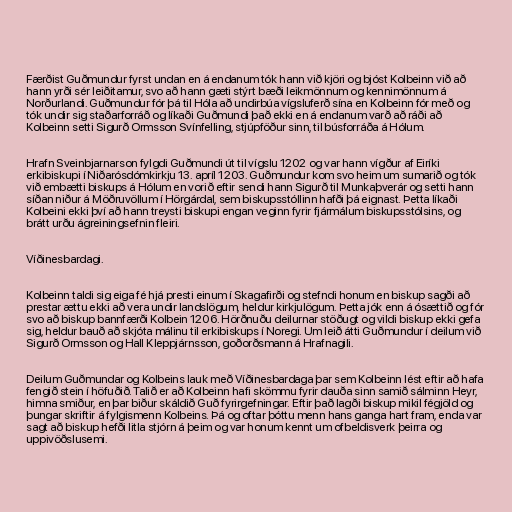
Færðist Guðmundur fyrst undan en á endanum tók hann við kjöri og bjóst Kolbeinn við að
hann yrði sér leiðitamur, svo að hann gæti stýrt bæði leikmönnum og kennimönnum á
Norðurlandi. Guðmundur fór þá til Hóla að undirbúa vígsluferð sína en Kolbeinn fór með og
tók undir sig staðarforráð og líkaði Guðmundi það ekki en á endanum varð að ráði að
Kolbeinn setti Sigurð Ormsson Svínfelling, stjúpföður sinn, til búsforráða á Hólum.

Hrafn Sveinbjarnarson fylgdi Guðmundi út til vígslu 1202 og var hann vígður af Eiríki
erkibiskupi í Niðarósdómkirkju 13. apríl 1203. Guðmundur kom svo heim um sumarið og tók
við embætti biskups á Hólum en vorið eftir sendi hann Sigurð til Munkaþverár og setti hann
síðan niður á Möðruvöllum í Hörgárdal, sem biskupsstóllinn hafði þá eignast. Þetta líkaði
Kolbeini ekki því að hann treysti biskupi engan veginn fyrir fjármálum biskupsstólsins, og
brátt urðu ágreiningsefnin fleiri.

Víðinesbardagi.

Kolbeinn taldi sig eiga fé hjá presti einum í Skagafirði og stefndi honum en biskup sagði að
prestar ættu ekki að vera undir landslögum, heldur kirkjulögum. Þetta jók enn á ósættið og fór
svo að biskup bannfærði Kolbein 1206. Hörðnuðu deilurnar stöðugt og vildi biskup ekki gefa
sig, heldur bauð að skjóta málinu til erkibiskups í Noregi. Um leið átti Guðmundur í deilum við
Sigurð Ormsson og Hall Kleppjárnsson, goðorðsmann á Hrafnagili.

Deilum Guðmundar og Kolbeins lauk með Víðinesbardaga þar sem Kolbeinn lést eftir að hafa
fengið stein í höfuðið. Talið er að Kolbeinn hafi skömmu fyrir dauða sinn samið sálminn Heyr,
himna smiður, en þar biður skáldið Guð fyrirgefningar. Eftir það lagði biskup mikil fégjöld og
þungar skriftir á fylgismenn Kolbeins. Þá og oftar þóttu menn hans ganga hart fram, enda var
sagt að biskup hefði litla stjórn á þeim og var honum kennt um ofbeldisverk þeirra og
uppivöðslusemi.